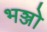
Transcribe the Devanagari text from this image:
भञ्जो